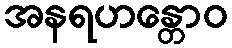
အနရဟန္တောဝ